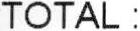
TOTAL :